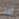
ألاف